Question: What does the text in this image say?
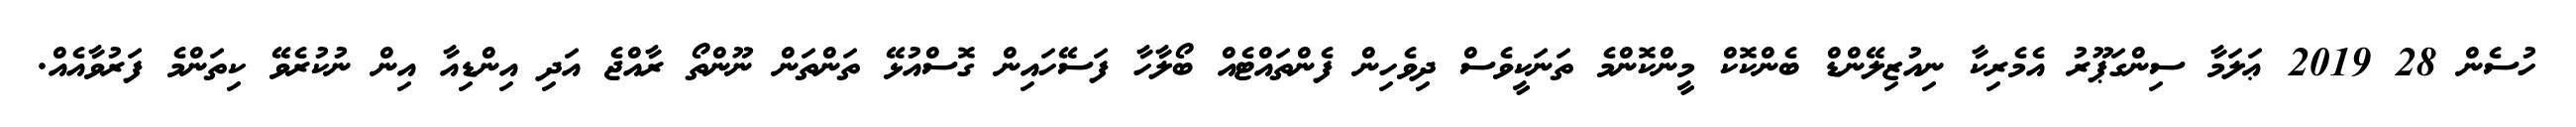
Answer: ހުސެން 28 2019 ޢަލަމާ ސިންގަޕޫރު އެމެރިކާ ނިއުޒިލޭންޑް ބެންކޮކް މީންކޮންމެ ތަނަކީވެސް ދިވެހިން ފެންތައްޓެއް ބޯލާހާ ފަސޭހައިން ގޮސްއުޅޭ ތަންތަން ނޫންތޯ ރާއްޖެ އަދި އިންޑިއާ އިން ނުކުރެވޭ ކިތަންމެ ފަރުވާއެއް.